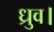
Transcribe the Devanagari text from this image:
ध्रुव।